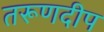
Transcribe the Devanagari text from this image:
तरूणदीप